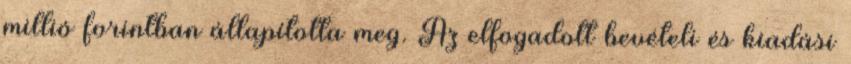
millió forintban állapította meg. Az elfogadott bevételi és kiadási